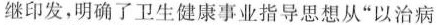
继印发，明确了卫生健康事业指导思想从”以治病